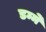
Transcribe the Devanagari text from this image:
डम्मे